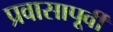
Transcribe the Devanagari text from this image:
प्रवासापूर्वी